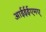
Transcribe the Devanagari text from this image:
आईईईएमए